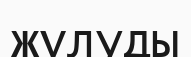
жұлуды